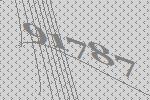
91787